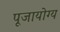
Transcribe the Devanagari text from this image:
पूजायोग्य